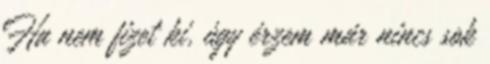
Ha nem fizet ki, úgy érzem már nincs sok